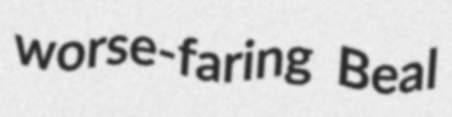
worse-faring Beal